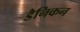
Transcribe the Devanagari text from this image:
डैनिकन